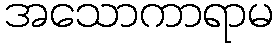
အသောကာရာမ